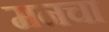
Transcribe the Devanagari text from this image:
मनचा